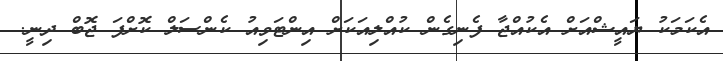
އެކަމަކު ޔައީޝްއަށް އެކުއްޖާ ފެނިގެން ކުއްލިއަކަށް އިންޓަވިއު ކެންސަލް ކޮށްފަ ޖޮބް ދިނީ.